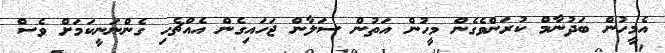
އެމީހުން ބަދުނާމް ކުރަންވެގެން މީހުން އަތުން ސަލާން ޖަހައިގެން އެއްޗެހި ގެންނަނީކަމަށް ވެސް